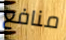
منافع